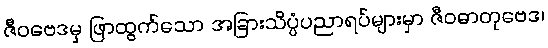
ဇီဝဗေဒမှ ဖြာထွက်သော အခြားသိပ္ပံပညာရပ်များမှာ ဇီဝဓာတုဗေဒ၊